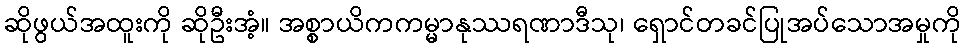
ဆိုဖွယ်အထူးကို ဆိုဦးအံ့။ အစ္စာယိကကမ္မာနုဿရဏာဒီသု၊ ရှောင်တခင်ပြုအပ်သောအမှုကို